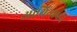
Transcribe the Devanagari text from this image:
आथित्यपन